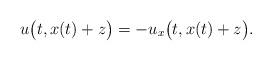
LaTeX: \begin{align*}u\big(t,x(t)+z\big)=-u_x\big(t,x(t)+z\big).\end{align*}